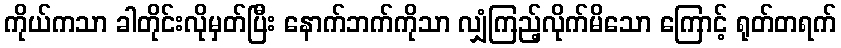
ကိုယ်ကသာ ခါတိုင်းလိုမှတ်ပြီး နောက်ဘက်ကိုသာ လျှံကြည့်လိုက်မိသော ကြောင့် ရုတ်တရက်